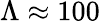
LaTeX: \Lambda\approx 100